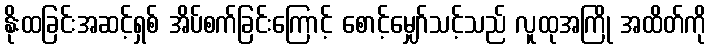
နိုးထခြင်းအဆင့်ရှစ် အိပ်စက်ခြင်းကြောင့် စောင့်မျှော်သင့်သည် လူထုအကြို အထိတ်ကို